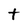
Character: t